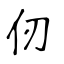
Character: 仞